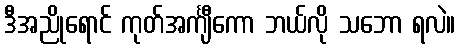
ဒီအညိုရောင် ကုတ်အင်္ကျီကော ဘယ်လို သဘော ရလဲ။